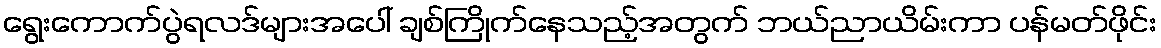
ရွေးကောက်ပွဲရလဒ်များအပေါ် ချစ်ကြိုက်နေသည့်အတွက် ဘယ်ညာယိမ်းကာ ပန်မတ်ဖိုင်း